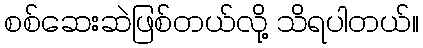
စစ်ဆေးဆဲဖြစ်တယ်လို့ သိရပါတယ်။